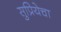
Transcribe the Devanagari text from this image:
सुप्रियेचा